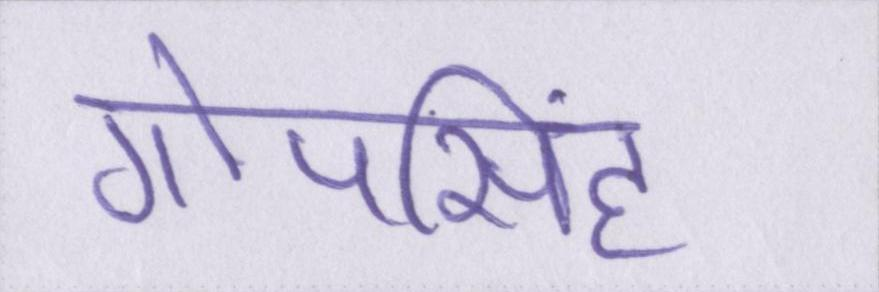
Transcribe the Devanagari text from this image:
गोपसिंह